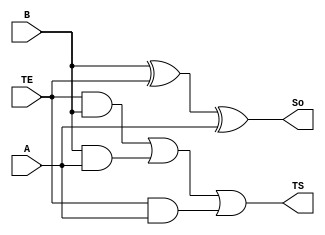
module meioSomador(B, A, TE, So, TS);
	input B, A, TE;
	output So, TS;
	
	assign So = (B ^ TE) ^ A;
	assign TS = (TE & B) | (B & A) | (TE & A);
	
endmodule